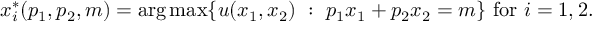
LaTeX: x _ { i } ^ { * } ( p _ { 1 } , p _ { 2 } , m ) = \arg \operatorname* { m a x } \{ \, \! u ( x _ { 1 } , x _ { 2 } ) { \mathrm { ~ } } : { \mathrm { ~ } } p _ { 1 } x _ { 1 } + p _ { 2 } x _ { 2 } = m \} { \mathrm { ~ f o r ~ } } i = 1 , 2 .